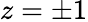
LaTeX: z=\pm 1